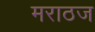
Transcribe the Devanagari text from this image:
मराठज